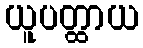
ယူပတ္ထာယ